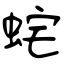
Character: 䖳